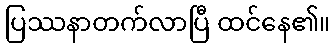
ပြဿနာတက်လာပြီ ထင်နေ၏။